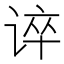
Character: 谇